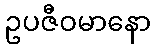
ဥပဇီဝမာနော